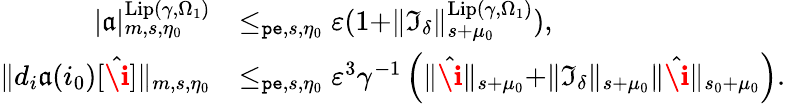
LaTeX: \begin{array}{rl}{|\mathfrak{a}|_{m,s,\eta_{0}}^{\mathrm{Lip}(\gamma,\Omega_{1})}}&{\le_{\mathtt{pe},s,\eta_{0}}\varepsilon(1+\rVert\mathfrak{I}_{\delta}\rVert_{s+\mu_{0}}^{\mathrm{Lip}(\gamma,\Omega_{1})}),}\\ {\rVert d_{i}\mathfrak{a}(i_{0})[\hat{\textbf{\i}}]\rVert_{m,s,\eta_{0}}}&{\le_{\mathtt{pe},s,\eta_{0}}\varepsilon^{3}\gamma^{-1}\left(\rVert\hat{\textbf{\i}}\rVert_{s+\mu_{0}}+\rVert\mathfrak{I}_{\delta}\rVert_{s+\mu_{0}}\rVert\hat{\textbf{\i}}\rVert_{s_{0}+\mu_{0}}\right).}\end{array}